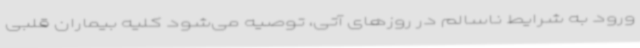
ورود به شرایط ناسالم در روزهای آتی، توصیه می‌شود کلیه بیماران قلبی